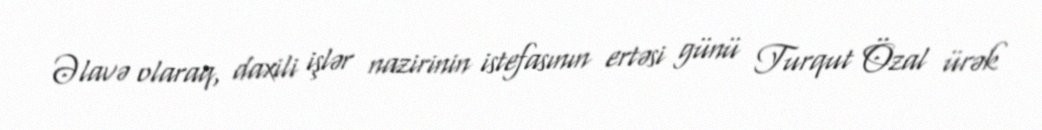
Əlavə olaraq, daxili işlər nazirinin istefasının ertəsi günü Turqut Özal ürək